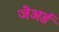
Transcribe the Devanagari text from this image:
जेअर्ड